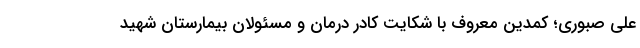
علی صبوری؛ کمدین معروف با شکایت کادر درمان و مسئولان بیمارستان شهید